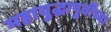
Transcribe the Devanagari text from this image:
महायुद्धापुर्वीच्या